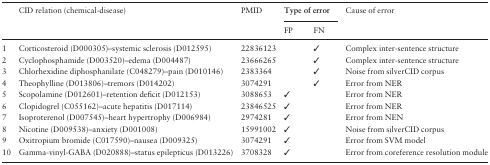
| <ROWSPAN=2>  | <ROWSPAN=2> CID relation (chemical-disease) | <ROWSPAN=2> PMID | <COLSPAN=2> Type of error | <ROWSPAN=2> Cause of error |
 | FP | FN |
 | --- | --- | --- | --- | --- | --- |
 | 1 | Corticosteroid (D000305)–systemic sclerosis (D012595) | 22836123 |  | ✓ | Complex inter-sentence structure |
 | 2 | Cyclophosphamide (D003520)–edema (D004487) | 23666265 |  | ✓ | Complex inter-sentence structure |
 | 3 | Chlorhexidine diphosphanilate (C048279)–pain (D010146) | 2383364 |  | ✓ | Noise from silverCID corpus |
 | 4 | Theophylline (D013806)–tremors (D014202) | 3074291 |  | ✓ | Error from NER |
 | 5 | Scopolamine (D012601)–retention deficit (D012153) | 3088653 | ✓ |  | Error from NER |
 | 6 | Clopidogrel (C055162)–acute hepatitis (D017114) | 23846525 | ✓ |  | Error from NER |
 | 7 | Isoproterenol (D007545)–heart hypertrophy (D006984) | 2974281 | ✓ |  | Error from NEN |
 | 8 | Nicotine (D009538)–anxiety (D001008) | 15991002 | ✓ |  | Noise from silverCID corpus |
 | 9 | Oxitropium bromide (C017590)–nausea (D009325) | 3074291 | ✓ |  | Error from SVM model |
 | 10 | Gamma-vinyl-GABA (D020888)–status epilepticus (D013226) | 3708328 | ✓ |  | Error from coreference resolution module |